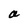
Character: a